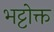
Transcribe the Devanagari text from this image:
भट्टोक्त